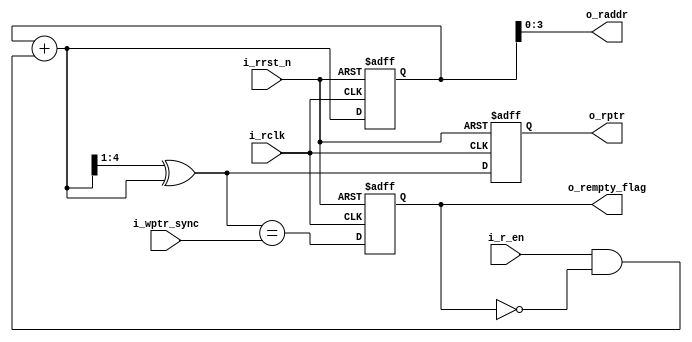
/*=============================================================================
#
# Author: mengguodong Email: 823300630@qq.com
#
# Personal Website: guodongblog.com
#
# Last modified: 2022-10-23 12:22
#
# Filename: rptr_empty.v
#
# Description: 
#
=============================================================================*/
module RPTR_EMPTY #(parameter ADDRSIZE = 4)(
    input   wire    [ADDRSIZE  : 0]          i_wptr_sync                                  ,
    input   wire                             i_r_en                                       ,
    input   wire                             i_rclk                                       ,
    input   wire                             i_rrst_n                                     ,
    output  reg                              o_rempty_flag                                ,
    output  wire    [ADDRSIZE-1: 0]          o_raddr                                      ,
    output  reg     [ADDRSIZE  : 0]          o_rptr
);
//*************************************************\
//define parameter and intennal singles
//*************************************************/
reg [ADDRSIZE:0] rbin;
wire [ADDRSIZE:0] r_gray_next;
wire [ADDRSIZE:0] r_bin_next;
wire rempty_flag;
//*************************************************\
//main code
//*************************************************/
always @ (posedge i_rclk or negedge i_rrst_n)begin
    if(i_rrst_n == 1'b0)begin
        rbin <= 0;
        o_rptr <= 0;
    end 
    else begin 
        rbin <= r_bin_next;
        o_rptr <= r_gray_next;
    end
end

assign o_raddr = rbin[ADDRSIZE-1:0];
assign r_bin_next = rbin + ((i_r_en == 1'b1) && (o_rempty_flag == 1'b0));
assign r_gray_next = (r_bin_next >> 1) ^ r_bin_next;
//FIFO empty_flag
assign rempty_flag = (r_gray_next == i_wptr_sync);
always @ (posedge i_rclk or negedge i_rrst_n) begin
    if(i_rrst_n == 1'b0)
        o_rempty_flag <= 1'b1;
    else 
        o_rempty_flag <= rempty_flag;
end
endmodule